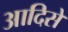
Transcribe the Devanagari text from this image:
आदिसे